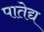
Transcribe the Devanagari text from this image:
पातेद्य